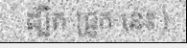
ដ្បិត ជ្រូក នេះ )